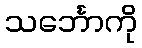
သင်္ဘောကို